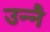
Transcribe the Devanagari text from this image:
उन्नै